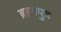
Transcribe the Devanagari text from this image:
ब्रहमपुत्र